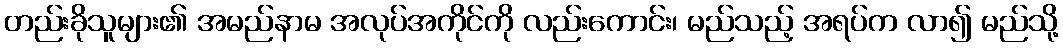
တည်းခိုသူများ၏ အမည်နာမ အလုပ်အကိုင်ကို လည်းကောင်း၊ မည်သည့် အရပ်က လာ၍ မည်သို့